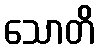
သောတိ